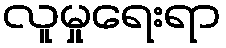
လူမှုရေးရာ